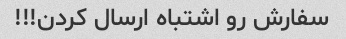
سفارش رو اشتباه ارسال کردن!!!